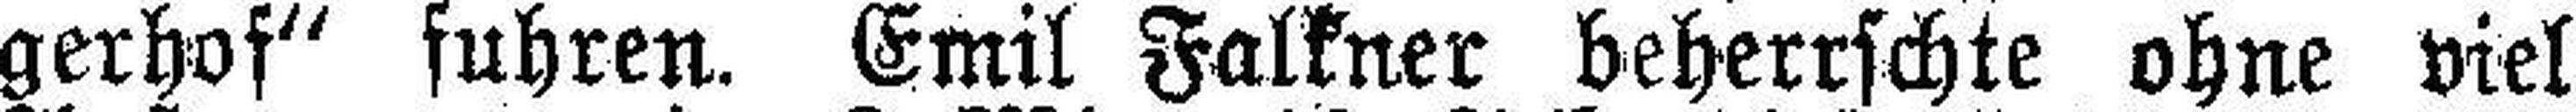
gerhof“ fuhren. Emil Falkner beherrschte ohne viel